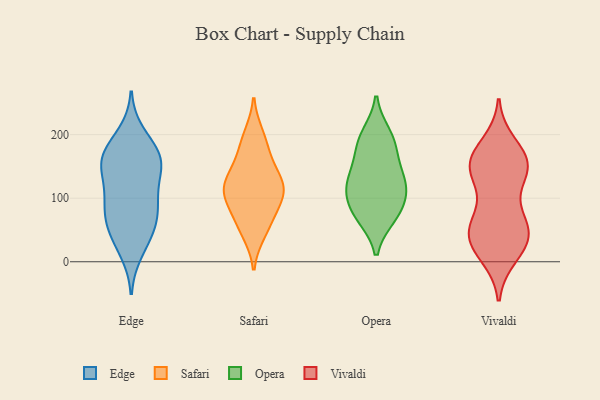
{"axis": {"x": "Customer Acquisition Cost (USD)", "y": "Value"}, "legend": ["Edge", "Opera", "Safari", "Vivaldi"], "data": [{"x": "", "y": 158, "type": "Edge"}, {"x": "", "y": 17, "type": "Edge"}, {"x": "", "y": 167, "type": "Edge"}, {"x": "", "y": 81, "type": "Edge"}, {"x": "", "y": 159, "type": "Edge"}, {"x": "", "y": 44, "type": "Edge"}, {"x": "", "y": 83, "type": "Edge"}, {"x": "", "y": 41, "type": "Edge"}, {"x": "", "y": 174, "type": "Edge"}, {"x": "", "y": 130, "type": "Edge"}, {"x": "", "y": 162, "type": "Edge"}, {"x": "", "y": 89, "type": "Edge"}, {"x": "", "y": 61, "type": "Edge"}, {"x": "", "y": 143, "type": "Edge"}, {"x": "", "y": 200, "type": "Edge"}, {"x": "", "y": 101, "type": "Edge"}, {"x": "", "y": 61, "type": "Safari"}, {"x": "", "y": 179, "type": "Safari"}, {"x": "", "y": 108, "type": "Safari"}, {"x": "", "y": 199, "type": "Safari"}, {"x": "", "y": 46, "type": "Safari"}, {"x": "", "y": 110, "type": "Safari"}, {"x": "", "y": 111, "type": "Safari"}, {"x": "", "y": 132, "type": "Safari"}, {"x": "", "y": 152, "type": "Safari"}, {"x": "", "y": 80, "type": "Safari"}, {"x": "", "y": 118, "type": "Safari"}, {"x": "", "y": 79, "type": "Opera"}, {"x": "", "y": 109, "type": "Opera"}, {"x": "", "y": 127, "type": "Opera"}, {"x": "", "y": 200, "type": "Opera"}, {"x": "", "y": 190, "type": "Opera"}, {"x": "", "y": 149, "type": "Opera"}, {"x": "", "y": 71, "type": "Opera"}, {"x": "", "y": 123, "type": "Opera"}, {"x": "", "y": 116, "type": "Opera"}, {"x": "", "y": 178, "type": "Opera"}, {"x": "", "y": 75, "type": "Opera"}, {"x": "", "y": 32, "type": "Vivaldi"}, {"x": "", "y": 10, "type": "Vivaldi"}, {"x": "", "y": 158, "type": "Vivaldi"}, {"x": "", "y": 141, "type": "Vivaldi"}, {"x": "", "y": 137, "type": "Vivaldi"}, {"x": "", "y": 53, "type": "Vivaldi"}, {"x": "", "y": 158, "type": "Vivaldi"}, {"x": "", "y": 77, "type": "Vivaldi"}, {"x": "", "y": 152, "type": "Vivaldi"}, {"x": "", "y": 135, "type": "Vivaldi"}, {"x": "", "y": 34, "type": "Vivaldi"}, {"x": "", "y": 185, "type": "Vivaldi"}, {"x": "", "y": 47, "type": "Vivaldi"}, {"x": "", "y": 54, "type": "Vivaldi"}, {"x": "", "y": 170, "type": "Vivaldi"}, {"x": "", "y": 35, "type": "Vivaldi"}, {"x": "", "y": 152, "type": "Vivaldi"}, {"x": "", "y": 66, "type": "Vivaldi"}, {"x": "", "y": 16, "type": "Vivaldi"}]}